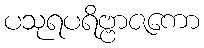
ပသုရပရိဗ္ဗာဇကော